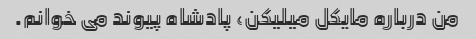
من درباره مایکل میلیکن، پادشاه پیوند می خوانم.